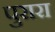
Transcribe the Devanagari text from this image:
पुरारा